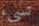
تسيء